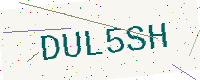
Text: DUL5SH